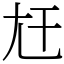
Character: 𡯋